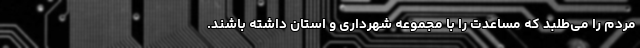
مردم را می‌طلبد که مساعدت را با مجموعه شهرداری و استان داشته باشند.